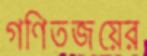
গণিতজয়ের